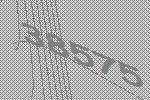
38575